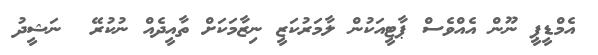
އެމްޑީޕީ ނޫން އެއްވެސް ޕާޓީއަކުން ލާމަރުކަޒީ ނިޒާމަކަށް ތާއީދެއް ނުކުރޭ  ނަޝީދު